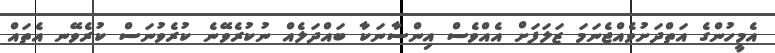
އެމީހުންގެ އަތްދަށުވެއްޖެނަމަ ޒަލަފަށް އެއްވެސް އިންސާނަކާ ބައްދަލެއް ނުކުރެވޭނެ ކުރެވުނަސް ކުރެވޭނ އެތައް